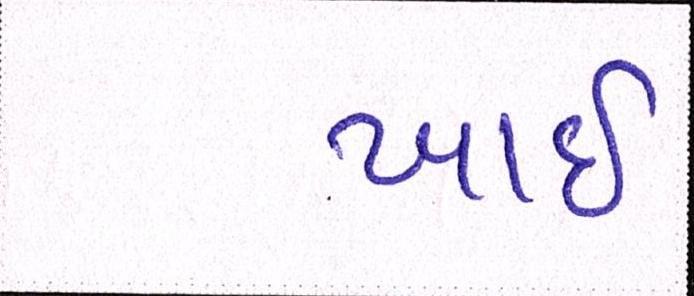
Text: ખાઈ